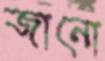
জানো